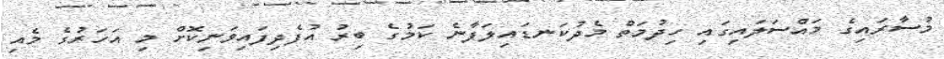
މުސާރައިގެ މައްސަލައިގައި ހިދުމަތް މެދުކަނޑައިލަފާނެ ކަމުގެ ބިރު އުފެދިފައިވަނިކޮށް މި އަހަރުގެ މެއި